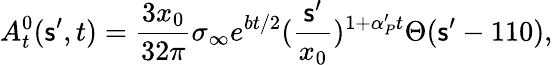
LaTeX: A_{t}^{0}(\mathsf{s}^{\prime},t)={\frac{{3x_{0}}}{{32\pi}}}\sigma_{\infty}e^{bt/2}({\frac{{\mathsf{s}^{\prime}}}{{x_{0}}}})^{1+\alpha_{P}^{\prime}t}\Theta(\mathsf{s}^{\prime}-110),